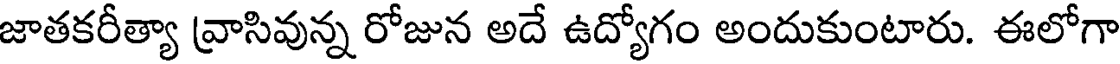
జాతకరీత్యా వ్రాసివున్న రోజున అదే ఉద్యోగం అందుకుంటారు. ఈలోగా